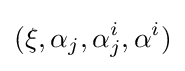
(\xi ,\alpha _{j},\alpha _{j}^{i},\alpha ^{i})